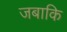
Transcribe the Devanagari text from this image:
जबाकि